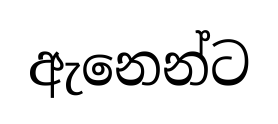
ඇනෙන්ට